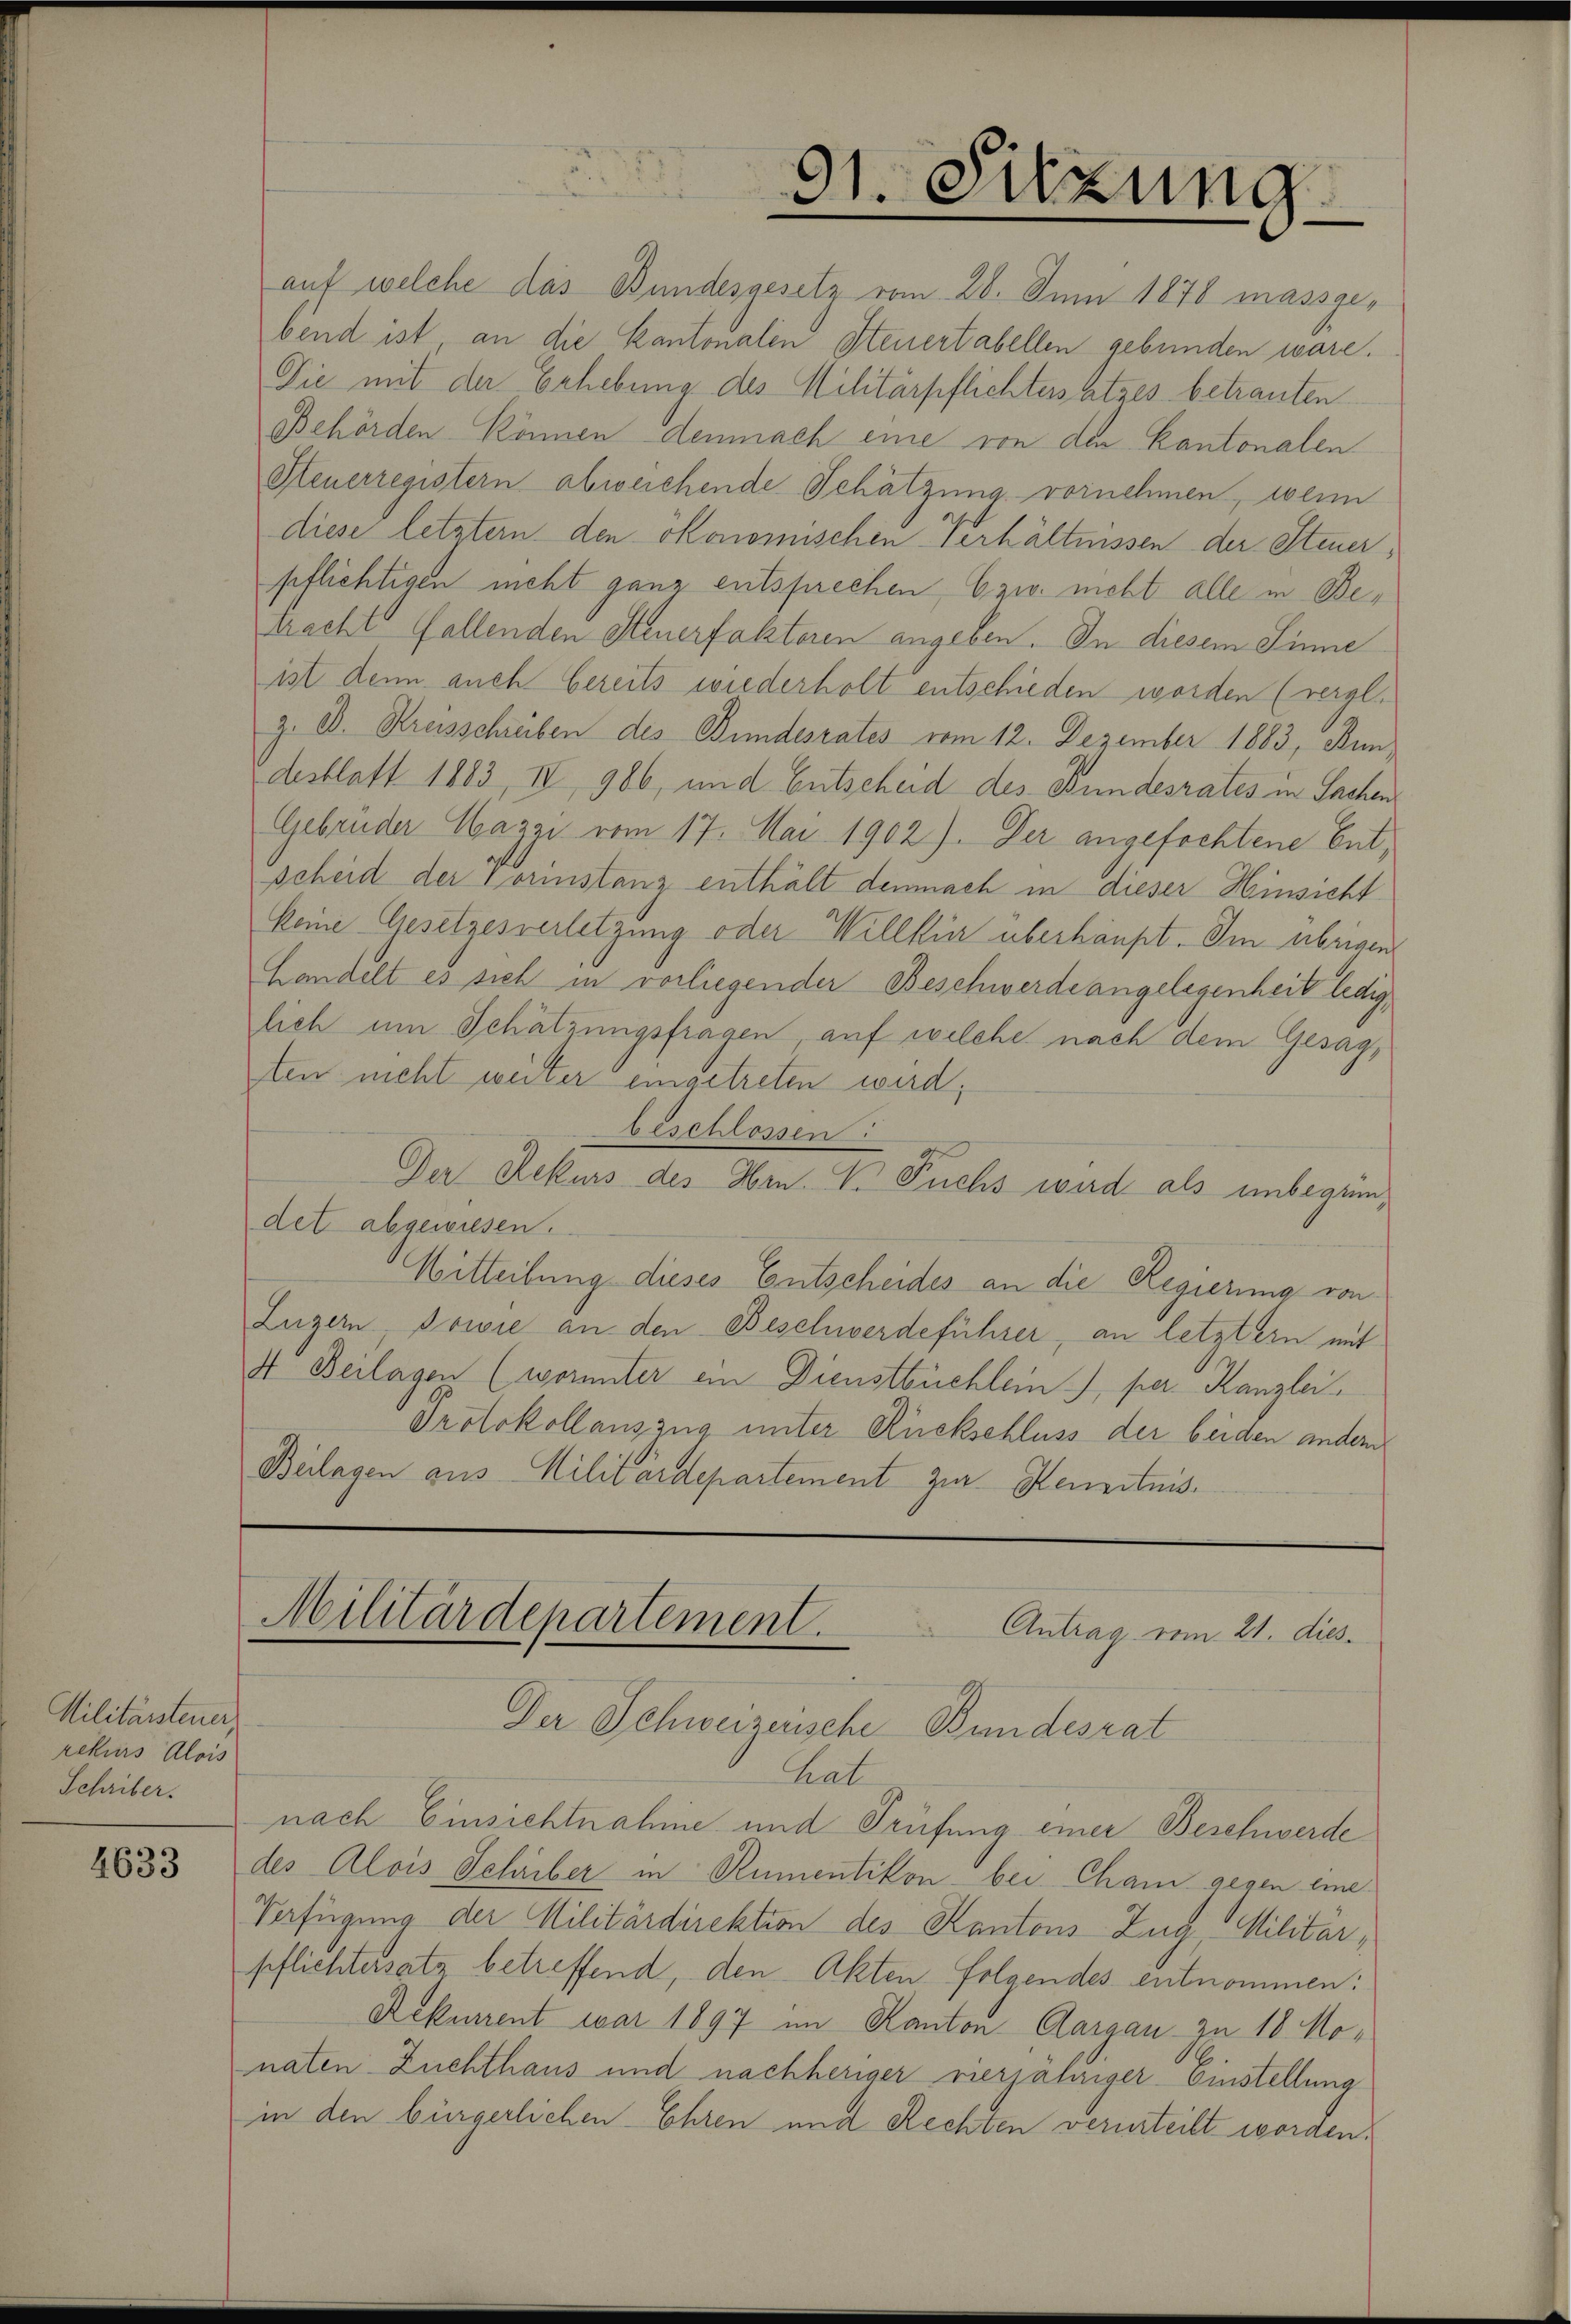
Militärsteuer,
rekurs Alois
Schriber.

4633

91. Sitzung

auf welche das Bundesgesetz vom 28. Juni 1878 massgebend ist an die Kantonalen Steuertabellen gebunden wäre.
Die mit der Erhebung des Militärpflichtersatzes betrauten
Behörden können demnach eine von den Kantonalen
Steuerregistern abweichende Schätzung vornehmen, wenn
diese letzter den ökonomischen Verhältnissen der Steuerpflichtigen nicht ganz entsprechen, bzw. nicht alle in Betracht Gallenden Steuerfaktoren angeben. In diesem Sinne
ist denn auch bereits wiederholt entschieden worden (vergl.
z. B. Kreisschreiben des Bundesrates vom 12. Dezember 1883, Bun
desblatt 1883, IV 986, und Entscheid des Bundesrates in Sachen
Gebrüder Wazzi vom 17. Mai 1902). Der angefochtene Entscheid der Vorinstanz enthält demnach in dieser Hinsicht
keine Gesetzesverletzung oder Willkür überhaupt. Im übrigen
Handelt es sich in vorliegender Beschwerde angelegenheit ledig,
lich um Schätzungsfragen, auf welche nach dem Gesagten nicht weiter eingetreten wird;
beschlossen:
Der Rekurs des Hrn. V. Fuchs wird als unbegrendet abgewiesen.
Witteilung dieses Entscheides an die Regierung von
Luzern, sowie an den Beschwerdeführer, an letztern mit
4 Beilagen (worunter ein Dienstbüchlein, per Kanzlei,
Protokollauszug unter Rückschluss der beiden ander
Beilagen aus Militärdepartement zur Kenntnis¬

Militärdepartement.
u
Antrag vom 21. dies
Der Schweizerische Bundesrat

hat
nach Einsichtnahme und Prüfung einer Beschwerde
des Alois Schriber in Rumentikon bei Cham gegen eine
Verfügung der Militärdirektion des Kantons Zug, Militär,
pflichtersatz betreffend, den Akten folgendes entnommen:
Rekurrent war 1897 im Kanton Aargau zu 18 Monaten Zuchthaus und nachheriger vierjähriger- Einstellung
in den bürgerlichen Ehren und Rechten verurteilt worden.